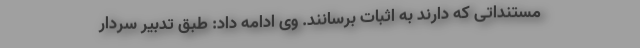
مستنداتی که دارند به اثبات برسانند. وی ادامه داد: طبق تدبیر سردار